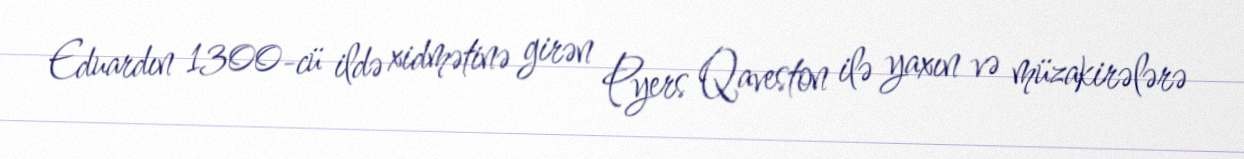
Eduardın 1300-cü ildə xidmətinə girən Pyers Qaveston ilə yaxın və müzakirələrə